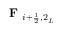
\textbf { F } _ { i + \frac { 1 } { 2 } , 2 _ { L } }